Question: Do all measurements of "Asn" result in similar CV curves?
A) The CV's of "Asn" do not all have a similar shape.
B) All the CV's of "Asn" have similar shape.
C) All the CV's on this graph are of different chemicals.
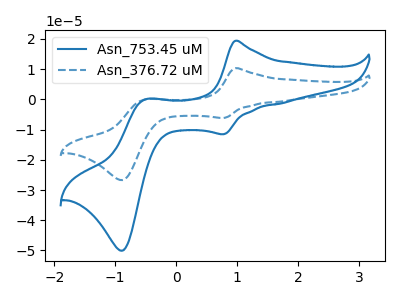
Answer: <think>The blue curve "Asn_753.45 uM" has anodic peaks at (0.95V, 19.40uA) (-0.50V, 0.00uA) and cathodic peaks at (0.80V, -11.50uA) (-0.90V, -50.05uA). The blue dashed curve "Asn_376.72 uM" has anodic peaks at (0.95V, 10.35uA) (-0.50V, 0.00uA) and cathodic peaks at (0.80V, -6.15uA) (-0.90V, -26.70uA).
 All the peaks in "Asn_753.45 uM" have a peak in "Asn_376.72 uM" at the same potential. Every peak in "Asn_753.45 uM" is higher than every peak in "Asn_376.72 uM".</think>
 <answer>B) All the CV's of "Asn" have similar shape.</answer>
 <eval>B</eval>